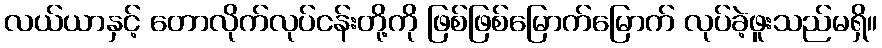
လယ်ယာနှင့် တောလိုက်လုပ်ငန်းတို့ကို ဖြစ်ဖြစ်မြောက်မြောက် လုပ်ခဲ့ဖူးသည်မရှိ။